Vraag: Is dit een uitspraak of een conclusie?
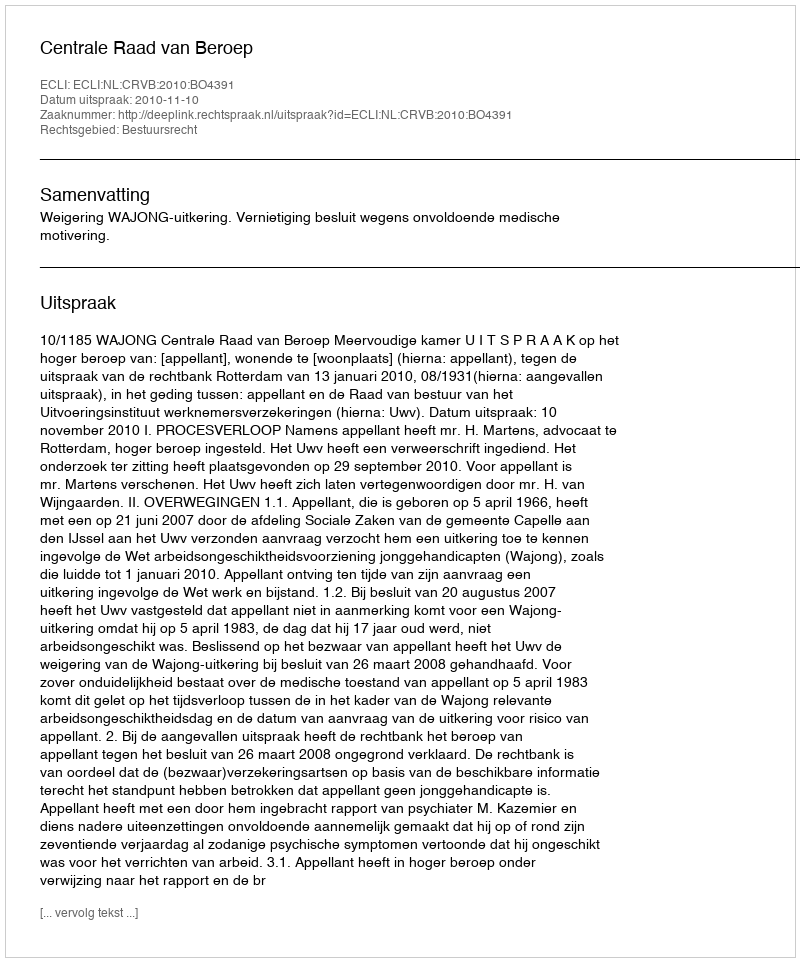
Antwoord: Uitspraak